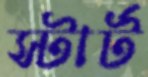
স্টার্ট